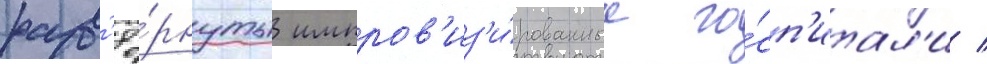
разв'ё́рнуты импров'из'и́рованные го́сп'итал'и /